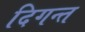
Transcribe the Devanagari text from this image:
दिगन्त